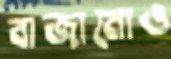
বাজানোও